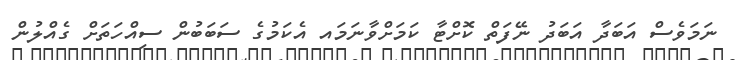
ނަމަވެސް އަބަދާ އަބަދު ނޭފަތް ކޮށްޓާ ކަމަށްވާނަމައ އެކަމުގެ ސަބަބުން ސިއްހަތަށް ގެއްލުން